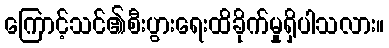
ကြောင့်သင်၏စီးပွားရေးထိခိုက်မှုရှိပါသလား။